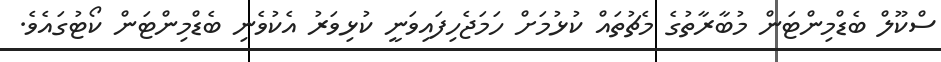
ސްކޫލް ބެޑްމިންޓަން މުބާރާތުގެ މެޗުތައް ކުޅުމަށް ހަމަޖެހިފައިވަނީ ކުޅިވަރު އެކުވެނި ބެޑްމިންޓަން ކޯޓުގައެވެ.